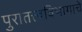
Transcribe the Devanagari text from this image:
पुरातत्त्वविभागाचे